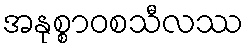
အနုစ္စာဝစသီလဿ